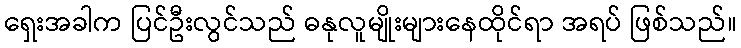
ရှေးအခါက ပြင်ဦးလွင်သည် ဓနုလူမျိုးများနေထိုင်ရာ အရပ် ဖြစ်သည်။